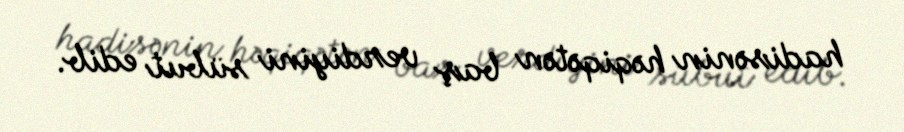
hadisənin həqiqətən baş verdiyini sübut edib.